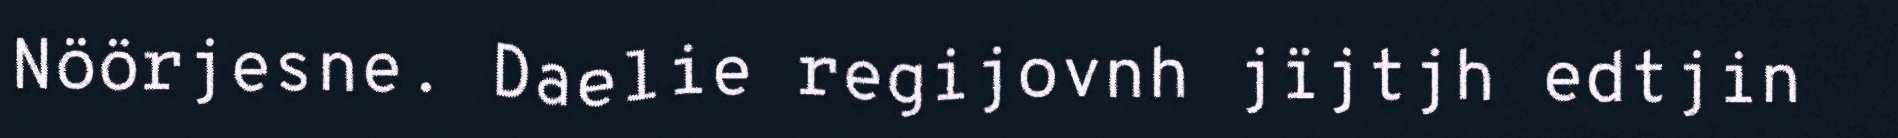
Nöörjesne. Daelie regijovnh jïjtjh edtjin